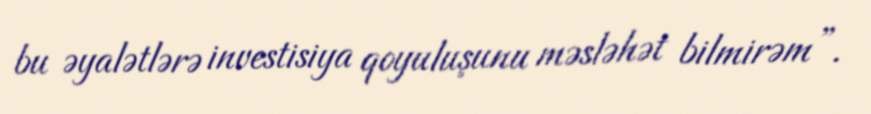
bu əyalətlərə investisiya qoyuluşunu məsləhət bilmirəm”.